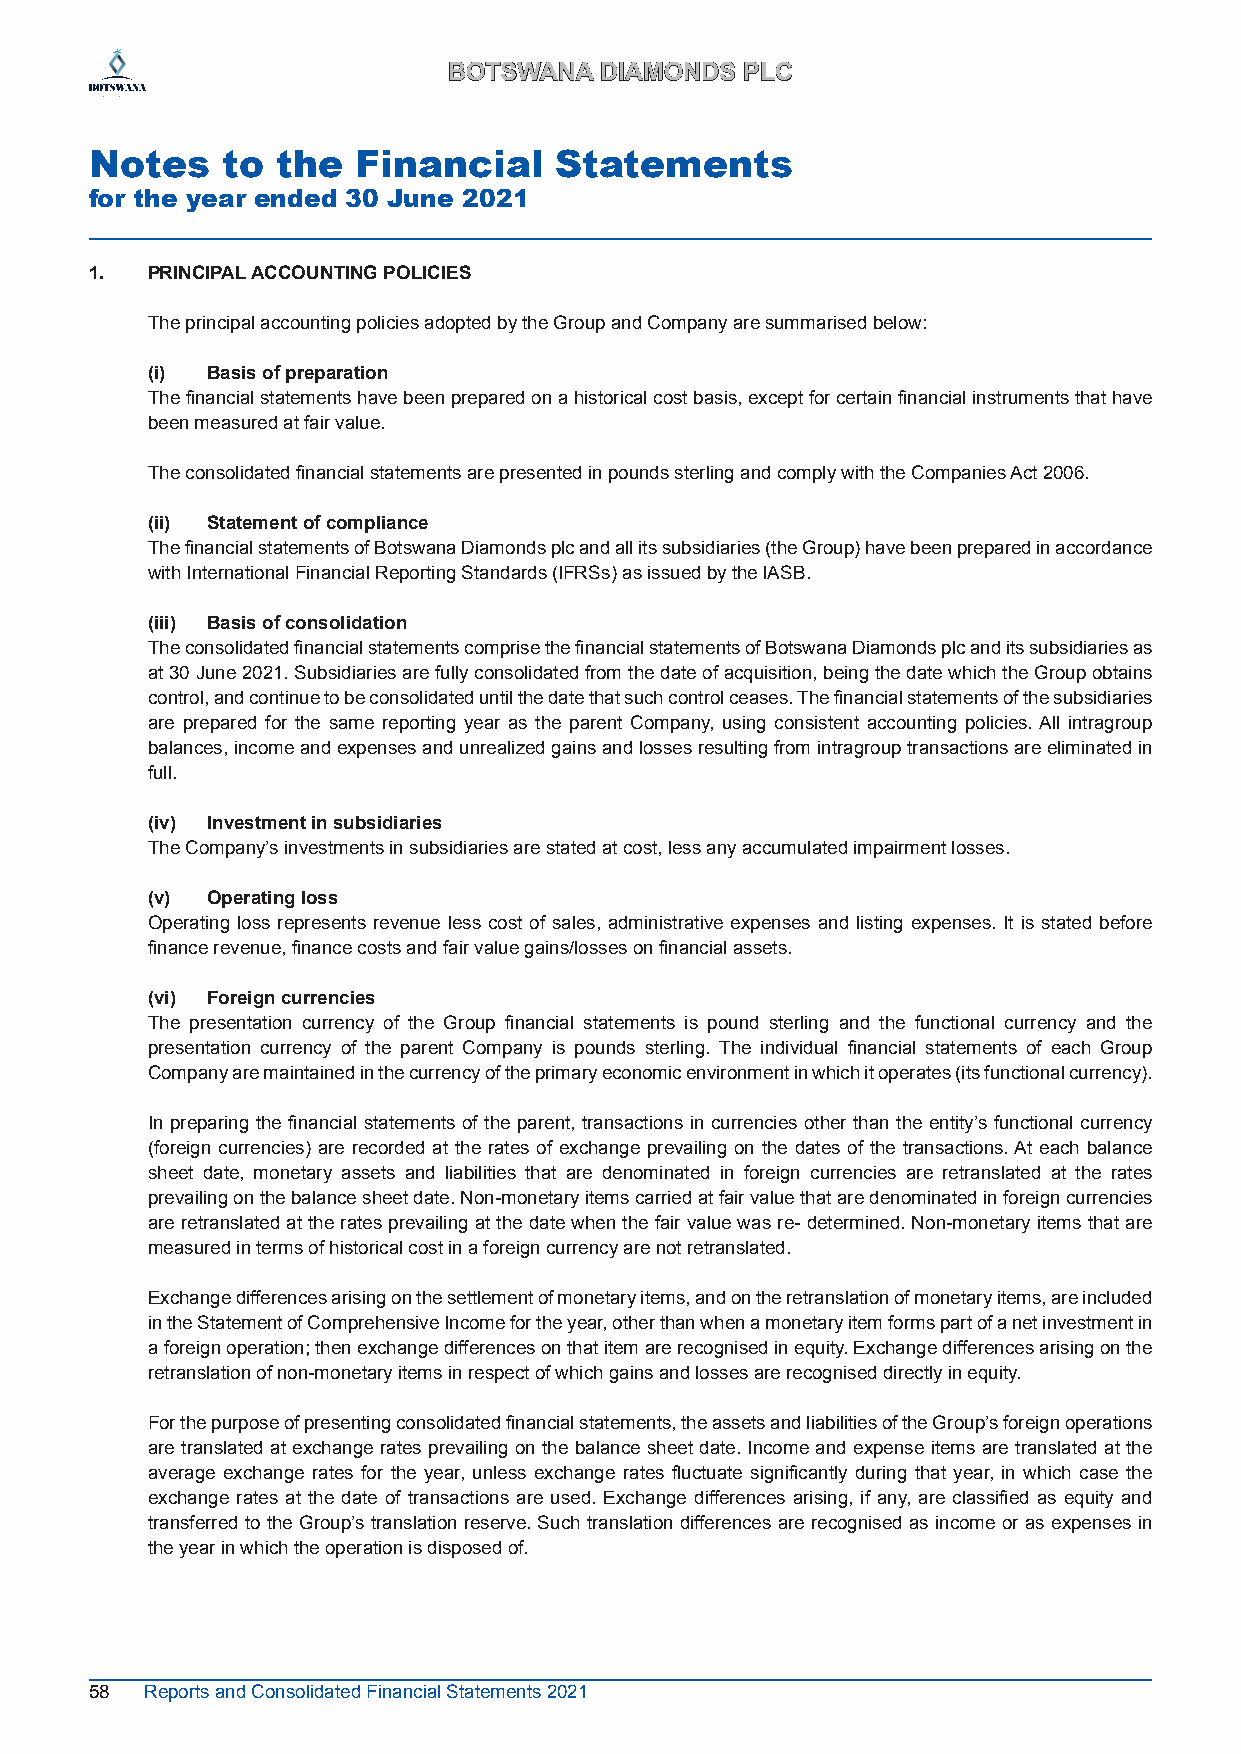
BBOOTTSSWWAANNAA DDIIAAMMOONNDDSS PPLLCC
 Notes    to the   Financial    Statements
 for the year ended 30 June 2021
 1.  PRINCIPAL ACCOUNTING POLICIES
 The principal accounting policies adopted by the Group and Company are summarised below:
 (i) Basis of preparation
 The financial statements have been prepared on a historical cost basis, except for certain financial instruments that have
 been measured at fair value.
 The consolidated financial statements are presented in pounds sterling and comply with the Companies Act 2006.
 (ii) Statement of compliance
 The financial statements of Botswana Diamonds plc and all its subsidiaries (the Group) have been prepared in accordance
 with International Financial Reporting Standards (IFRSs) as issued by the IASB.
 (iii) Basis of consolidation
 The consolidated financial statements comprise the financial statements of Botswana Diamonds plc and its subsidiaries as
 at 30 June 2021. Subsidiaries are fully consolidated from the date of acquisition, being the date which the Group obtains
 control, and continue to be consolidated until the date that such control ceases. The financial statements of the subsidiaries
 are prepared for the same reporting year as the parent Company, using consistent accounting policies. All intragroup
 balances, income and expenses and unrealized gains and losses resulting from intragroup transactions are eliminated in
 full.
 (iv) Investment in subsidiaries
 The Company’s investments in subsidiaries are stated at cost, less any accumulated impairment losses.
 (v) Operating loss
 Operating loss represents revenue less cost of sales, administrative expenses and listing expenses. It is stated before
 finance revenue, finance costs and fair value gains/losses on financial assets.
 (vi) Foreign currencies
 The presentation currency of the Group financial statements is pound sterling and the functional currency and the
 presentation currency of the parent Company is pounds sterling. The individual financial statements of each Group
 Company are maintained in the currency of the primary economic environment in which it operates (its functional currency) .
 In preparing the financial statements of the parent, transactions in currencies other than the entity’s functional currency
 (foreign currencies) are recorded at the rates of exchange prevailing on the dates of the transactions. At each balance
 sheet date, monetary assets and liabilities that are denominated in foreign currencies are retranslated at the rates
 prevailing on the balance sheet date. Non-monetary items carried at fair value that are denominated in foreign currencies
 are retranslated at the rates prevailing at the date when the fair value was re- determined. Non-monetary items that are
 measured in terms of historical cost in a foreign currency are not retranslated.
 Exchange differences arising on the settlement of monetary items, and on the retranslation of monetary items, are included
 in the Statement of Comprehensive Income for the year, other than when a monetary item forms part of a net investment in
 a foreign operation; then exchange differences on that item are recognised in equity. Exchange differences arising on the
 retranslation of non-monetary items in respect of which gains and losses are recognised directly in equity.
 For the purpose of presenting consolidated financial statements, the assets and liabilities of the Group’s foreign operations
 are translated at exchange rates prevailing on the balance sheet date. Income and expense items are translated at the
 average exchange rates for the year, unless exchange rates fluctuate significantly during that year, in which case the
 exchange rates at the date of transactions are used. Exchange differences arising, if any, are classified as equity and
 transferred to the Group’s translation reserve. Such translation differences are recognised as income or as expenses in
 the year in which the operation is disposed of.
 58  Reports and Consolidated Financial Statements 2021